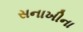
સનાખીના